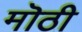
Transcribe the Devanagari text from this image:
मॊठी